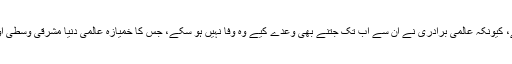
ان کا یہ بھی کہنا تھا کہ کشمیری اور فلسطینی عوام کی صورتحال ایک جیسی ہے، کیونکہ عالمی برادری نے ان سے اب تک جتنے بھی وعدے کیے وہ وفا نہیں ہو سکے، جس کا خمیازہ عالمی دنیا مشرقی وسطیٰ اور جنوبی ایشیا کی سیکیورٹی کی ابتر صورتحال کے نتیجے میں بھگت رہی ہے۔